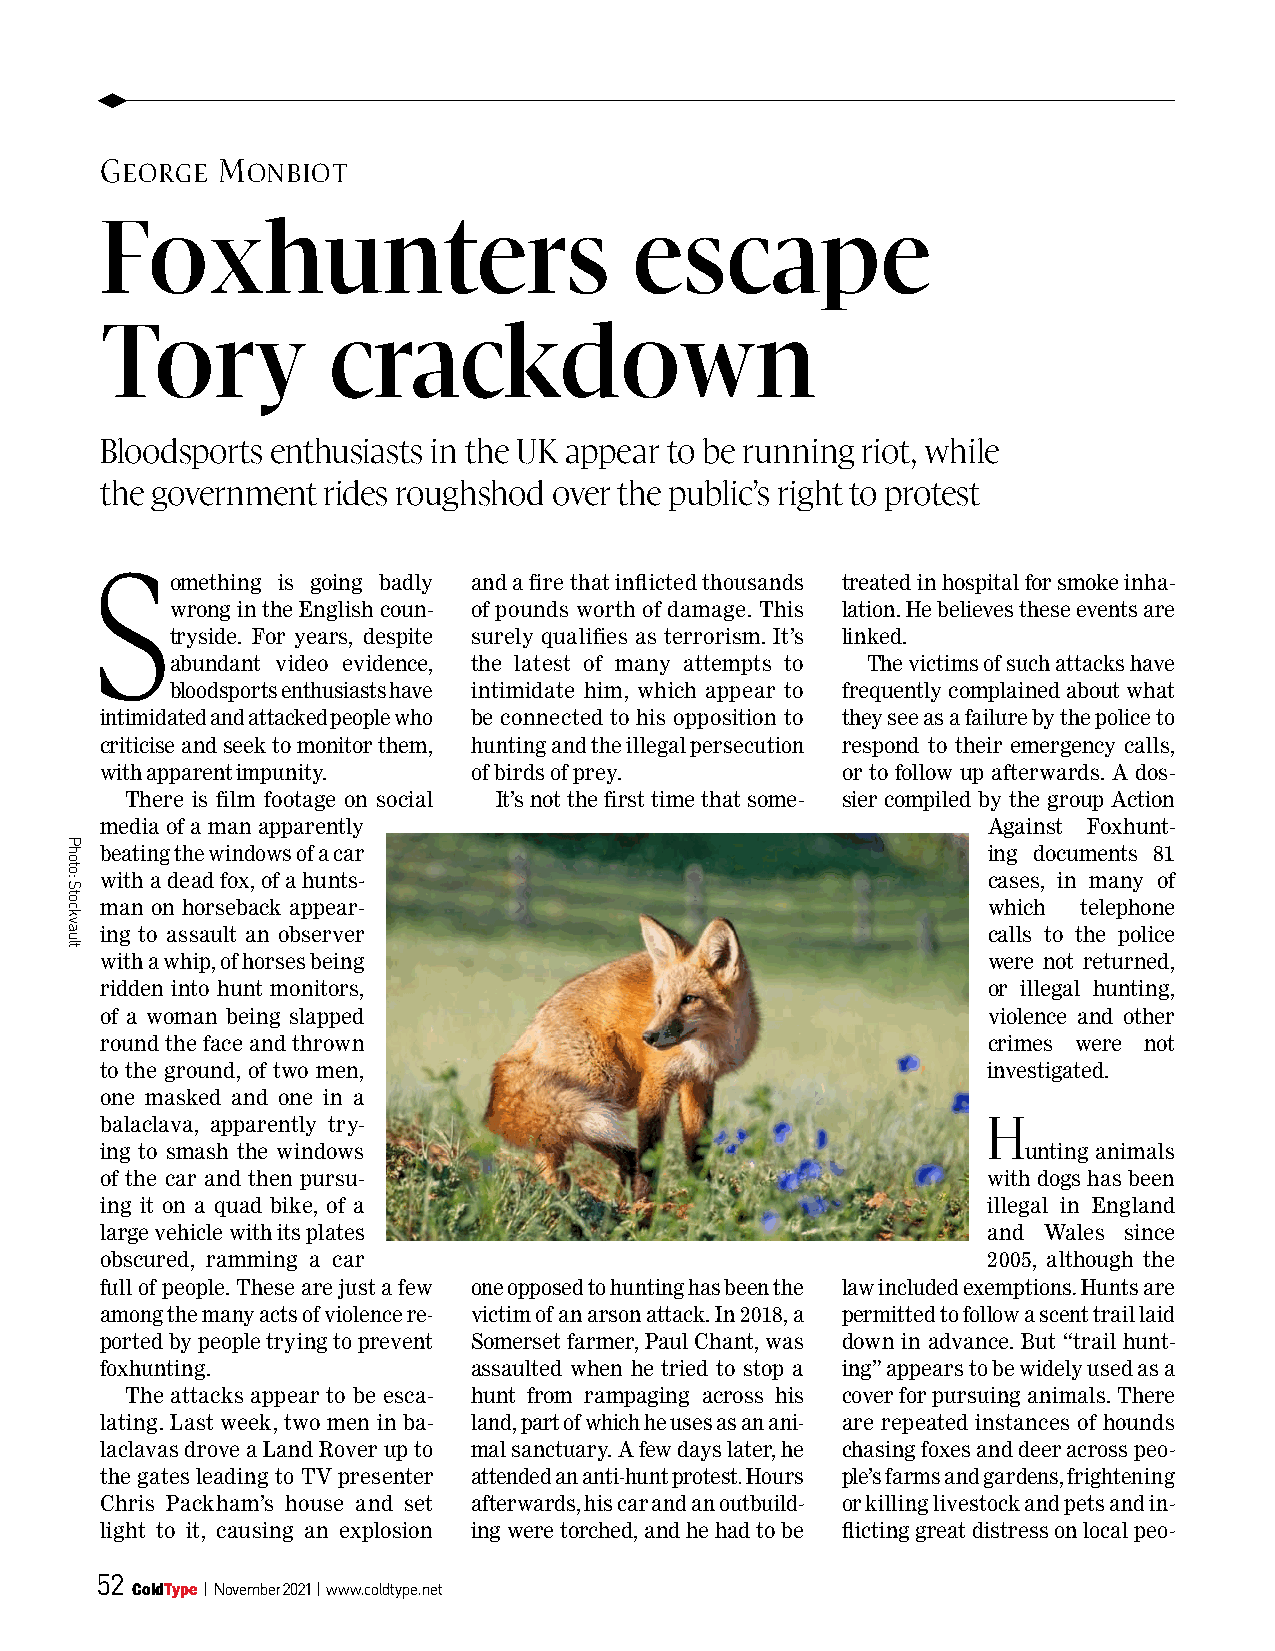
u
 george Monbiot
 Foxhunters                         escape
 Tory           crackdown
 Bloodsports enthusiasts in the UK appear to be running riot, while
 the government rides roughshod over the public’s right to protest
 S
 omething is going badly and a fire that inflicted thousands treated in hospital for smoke inha-
 wrong in the English coun- of pounds worth of damage. This lation. He believes these events are
 tryside. For years, despite surely qualifies as terrorism. It’s linked.
 abundant video evidence, the latest of many attempts to The victims of such attacks have
 bloodsports enthusiasts have intimidate him, which appear to frequently complained about what
 intimidated and attacked people who be connected to his opposition to they see as a failure by the police to
 criticise and seek to monitor them, hunting and the illegal persecution respond to their emergency calls,
 with apparent impunity. of birds of prey.        or to follow up afterwards. A dos-
 There is film footage on social It’s not the first time that some- sier compiled by the group Action
 media of a man apparently                                 Against Foxhunt-
 beating the windows of a car                              ing documents 81
 with a dead fox, of a hunts-                              cases, in many of
 man on horseback appear-                                  which  telephone
 ing to assault an observer                                calls to the police
 with a whip, of horses being                              were not returned,
 ridden into hunt monitors,                                or illegal hunting,
 of a woman being slapped                                  violence and other
 round the face and thrown                                 crimes were not
 to the ground, of two men,                                investigated.
 one masked and one in a
 balaclava, apparently try-                                h
 ing to smash the windows                                     unting animals
 of the car and then pursu-                                with dogs has been
 ing it on a quad bike, of a                               illegal in England
 large vehicle with its plates                             and Wales since
 obscured, ramming a car                                   2005, although the
 full of people. These are just a few one opposed to hunting has been the law included exemptions. Hunts are
 among the many acts of violence re- victim of an arson attack. In 2018, a permitted to follow a scent trail laid
 ported by people trying to prevent Somerset farmer, Paul Chant, was down in advance. But “trail hunt-
 foxhunting.             assaulted when he tried to stop a ing” appears to be widely used as a
 The attacks appear to be esca- hunt from rampaging across his cover for pursuing animals. There
 lating. Last week, two men in ba- land, part of which he uses as an ani- are repeated instances of hounds
 laclavas drove a Land Rover up to mal sanctuary. A few days later, he chasing foxes and deer across peo-
 the gates leading to TV presenter attended an anti-hunt protest. Hours ple’s farms and gardens, frightening
 Chris Packham’s house and set afterwards, his car and an outbuild- or killing livestock and pets and in-
 light to it, causing an explosion ing were torched, and he had to be flicting great distress on local peo-
 52
 ColdType | november 2021 | www.coldtype.net
 Photo:
 Stockvault